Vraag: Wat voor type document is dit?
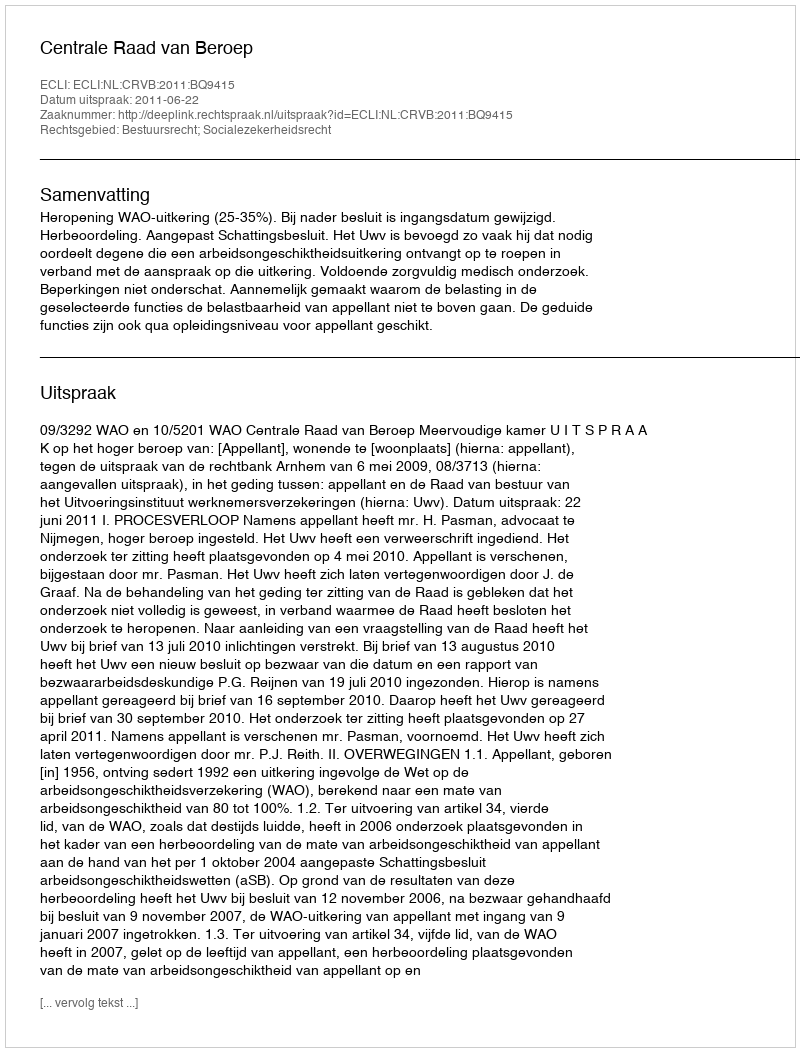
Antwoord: Uitspraak